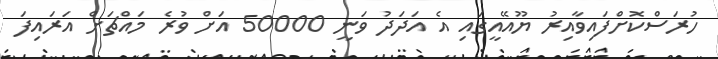
ހުރަސްކޮށްފައިވާއިރު ޔޫއޭއީގައި އެ އަދަދު ވަނީ 50000 އަށް ވުރެ މައްޗަށް އަރައިފަ